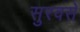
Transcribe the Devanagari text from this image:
सुरवसे